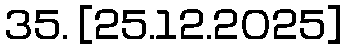
35. [25.12.2025]